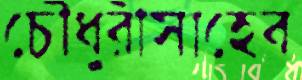
চৌধুরীসাহেব